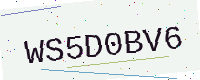
Text: WS5D0BV6